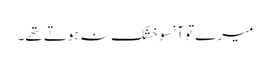
میرے تو آنسو خشک نہ ہوتے تھے۔